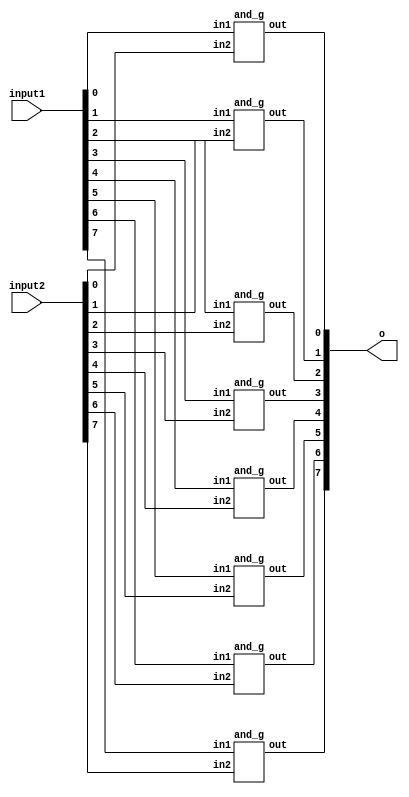
//Code written in various models
//Uncomment and comment the code as per requirement
module and_gate_8bit (
	output reg [7:0]o,
  input [7:0] input1,
  input [7:0] input2
);

  // Internal wire declarations
  wire [7:0] and_output;

  // AND gates for each bit
  and_g and0 (and_output[0], input1[0], input2[0]);
  and_g and1 (and_output[1], input1[1], input2[1]);
  and_g and2 (and_output[2], input1[2], input2[2]);
  and_g and3 (and_output[3], input1[3], input2[3]);
  and_g and4 (and_output[4], input1[4], input2[4]);
  and_g and5 (and_output[5], input1[5], input2[5]);
  and_g and6 (and_output[6], input1[6], input2[6]);
  and_g and7 (and_output[7], input1[7], input2[7]);

  // Assigning the output
  always @(and_output)
    o = and_output;

endmodule

// AND gate module
module and_g (
  output wire out,
  input wire in1,
  input wire in2
);

  assign out = in1 & in2;

endmodule
/*module and_gate_8bit(
  output reg [7:0] o,
  input [7:0] input1,
  input [7:0] input2
);

always @(input1, input2)
    o = input1 & input2;
endmodule
*/
/*
module and_gate_8bit(
  output [7:0] o,
  input [7:0] input1,
  input [7:0] input2
);

assign o = input1 & input2;
endmodule
*/